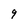
Character: g